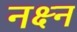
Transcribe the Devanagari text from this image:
नक्ष्न